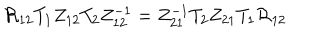
{ \cal R } _ { 1 2 } T _ { 1 } Z _ { 1 2 } T _ { 2 } Z _ { 1 2 } ^ { - 1 } = Z _ { 2 1 } ^ { - 1 } T _ { 2 } Z _ { 2 1 } T _ { 1 } { \cal R } _ { 1 2 }